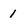
Character: 1